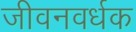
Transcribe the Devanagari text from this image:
जीवनवर्धक